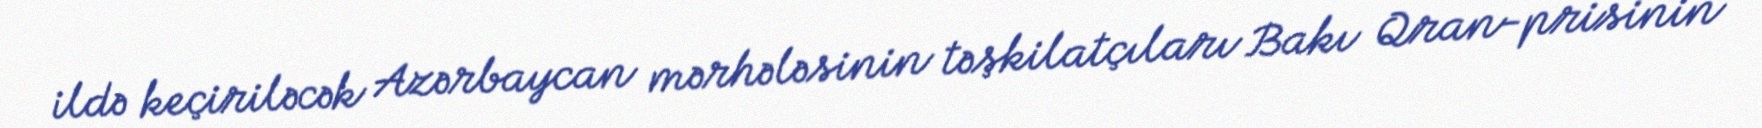
ildə keçiriləcək Azərbaycan mərhələsinin təşkilatçıları Bakı Qran-prisinin